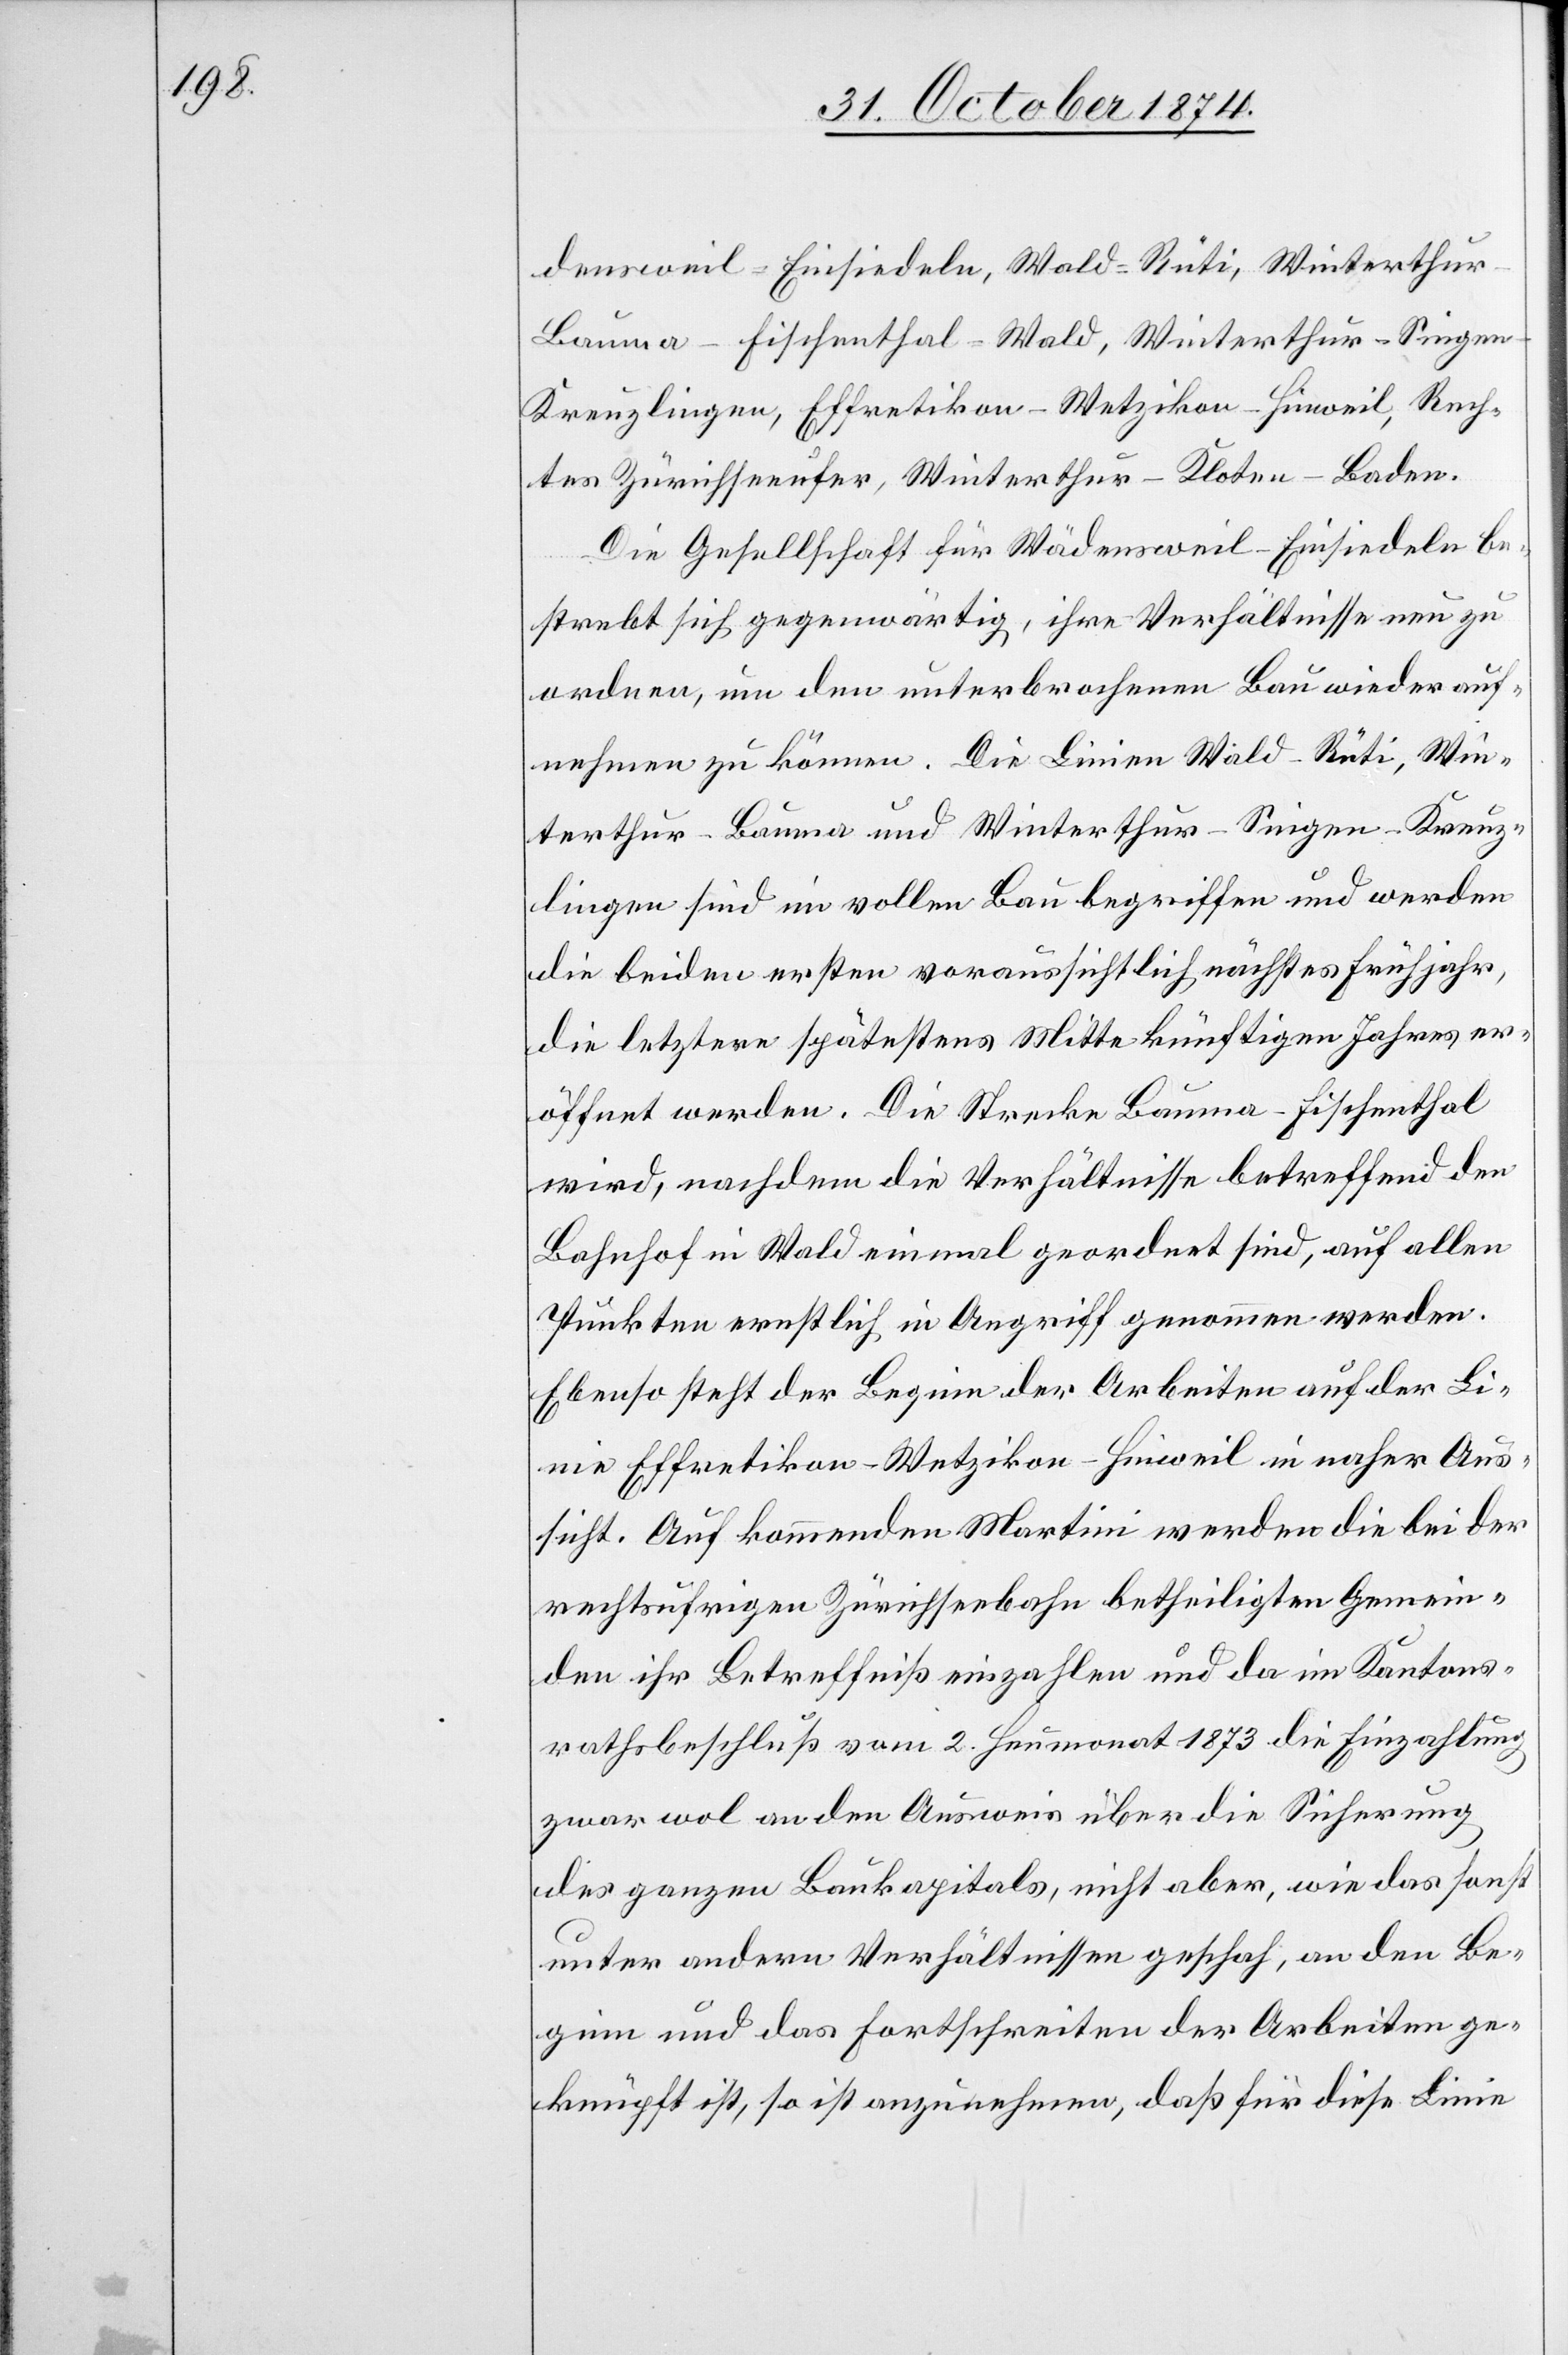
densweil–Einsiedeln, Wald–Rüti, Winterthu¬
r–Bauma–Fischenthal–Wald, Winterthur–Singe¬
n–Kreuzlingen, Effretikon–Wetzikon–Hinweil, Rech¬
tes Zürichseeufer, Winterthur–Kloten–Baden.
Die Gesellschaft für Wädensweil–Einsiedeln be¬
strebt sich gegenwärtig, ihre Verhältnisse neu zu
ordnen, um den unterbrochenen Bau wieder auf¬
nehmen zu können. Die Linien Wald–Rüti, Win¬
terthur–Bauma und Winterthur–Singen–Kreuz¬
lingen sind im vollen Bau begriffen und werden
die beiden ersten voraussichtlich nächstes Frühjahr,
die letztern spätestens Mitte künftigen Jahres er¬
öffnet werden. Die Strecke Bauma–Fischenthal
wird, nachdem die Verhältnisse betreffend den
Bahnhof in Wald einmal geordnet sind, auf allen
Punkten ernstlich in Angriff genommen werden.
Ebenso steht der Beginn der Arbeiten auf der L¬
inie Effretikon–Wetzikon–Hinweil in naher Aus¬
sicht. Auf kommenden Martini werden die bei der
rechtsufrigen Zürichseebahn betheiligten Gemein¬
den ihr Betreffniß einzahlen und da im Kantons¬
rathsbeschluß vom 2. Heumonat 1873 die Einzahlung
zwar wol an den Ausweis über die Sicherung
des ganzen Baukapitals, nicht aber, wie das sonst
unter andern Verhältnissen geschah, an den Be¬
ginn und das Fortschreiten der Arbeiten ge¬
knüpft ist, so ist anzunehmen, daß für diese Linie